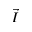
\vec { I }